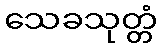
သေခသုတ္တံ